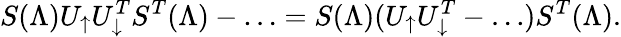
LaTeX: S(\Lambda)U_{\uparrow}U_{\downarrow}^{T}S^{T}(\Lambda)-\ldots=S(\Lambda)(U_{\uparrow}U_{\downarrow}^{T}-\ldots)S^{T}(\Lambda).